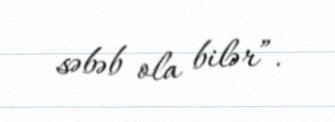
səbəb ola bilər”.